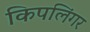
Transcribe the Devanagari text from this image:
किपलिंगर